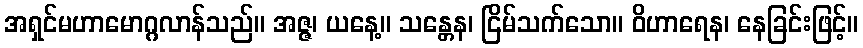
အရှင်မဟာမောဂ္ဂလာန်သည်။ အဇ္ဇ၊ ယနေ့။ သန္တေန၊ ငြိမ်သက်သော။ ဝိဟာရေန၊ နေခြင်းဖြင့်။